Exemptions from school attendance, 1919
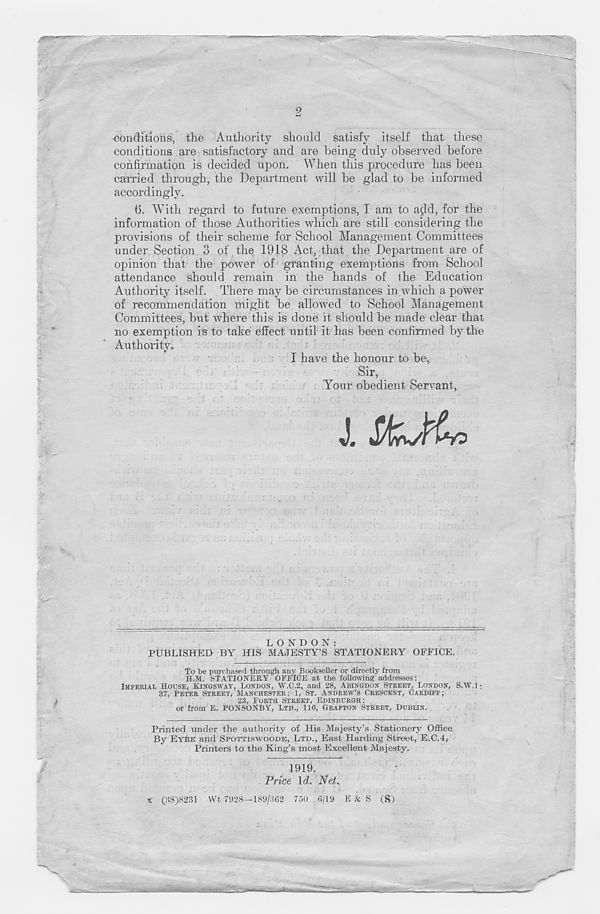
2
conditions, the Authority should satisfy itself that these
conditions are satisfactory and are being duly observed before
confirmation is decided upon. When this procedure has been
carried through, the Department will be glad to be informed
accordingly.
6. With regard to future exemptions, I am to a^ld, for the
information of those Authorities which are still considering the
provisions of their scheme for School Management Committees
under Section 3 of the 1918 Act, that the Department are of
opinion that the power of granting exemptions from School
attendance should remain in the hands of the Education
Authority itself. There may be circumstances in which a power
of recommendation might be allowed to School Management
Committees, but where this is done it should be made clear that
no exemption is to take effect until it has been confirmed by the
Authority.
I have the honour to be,
Sir,
Your obedient Servant,
i
LONDON:
PUBLISHED BY HIS MAJESTY’S STATIONERY OFFICE.
To be purchased through any Bookseller or directly from
H.M. STATIONERY OFFICE at the following addresses:
IMPERIAL HOUSE, KINGSWAY, LONDON, W.C.2, and 28, ABINGDON STREET, LONDON, S.W.l;
37, PETER STREET, MANCHESTER; 1, ST. ANDREW'S CRESCENT, CARDIFF;
23, FORTH STREET, EDINBURGH ;
or from E. PONSONBY, LTD., 116, GRAFTON STREET, DUBLIN.
Printed under the authority of His Majesty’s Stationery Office
By EYSE and SPOTTISWOODE, LTD., East Harding Street, E.C.4,
Printers to the King’s most Excellent Majesty.
1919.
Price Id. Net.
x (38)8231 Wt 7<»28—189/362 750 6/19 E & S (S)